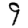
Digit: 9